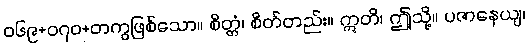
ဝ၆၉+၀၇ဝ+တကွဖြစ်သော။ စိတ္တံ၊ စိတ်တည်း။ ဣတိ၊ ဤသို့။ ပဇာနေယျ၊